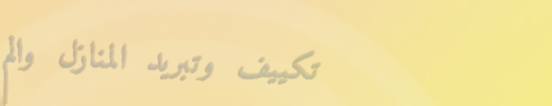
تكييف وتبريد المنازل والم